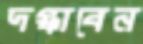
দগ্ধাবেন